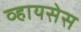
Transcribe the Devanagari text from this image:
व्हायसेस